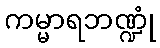
ကမ္မာရဘဏ္ဍုံ